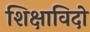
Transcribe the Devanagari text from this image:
शिक्षाविदो